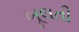
ખૂલતી